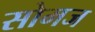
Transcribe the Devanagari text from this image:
सोमज